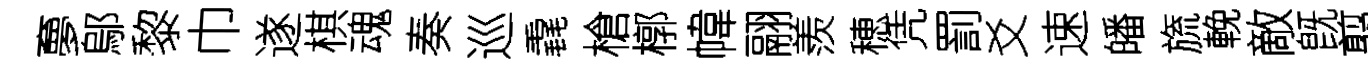
夣鄔黎巾遂棋魂奏巡毳槍槨幃翮羨穂凭罰爻速皤旒輓敵旣翦